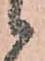
候